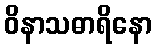
ဝိနာသဓာရိနော